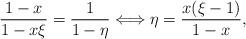
LaTeX: \begin{align*}\frac{1-x}{1-x\xi}=\frac{1}{1-\eta}\Longleftrightarrow \eta=\frac{x(\xi-1)}{1-x},\end{align*}